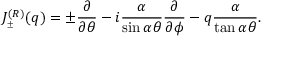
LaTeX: J _ { _ { \pm } } ^ { ( R ) } ( q ) = \pm \frac { \partial } { \partial \theta } - i \frac { \alpha } { \sin \alpha \theta } \frac { \partial } { \partial \phi } - q \frac { \alpha } { \tan \alpha \theta } .